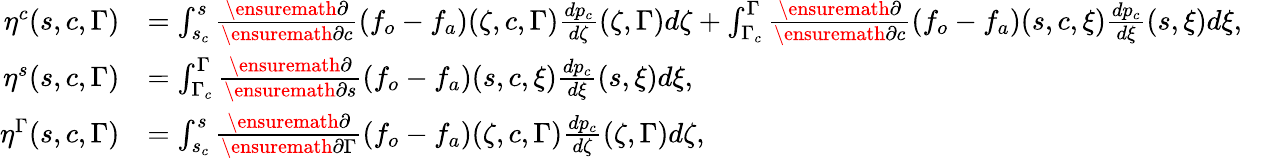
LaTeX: \begin{array}{rlr}{\eta^{c}(s,c,\Gamma)}&{=\int_{s_{c}}^{s}\frac{\ensuremath{\partial}}{\ensuremath{\partial}c}\left(f_{o}-f_{a}\right)(\zeta,c,\Gamma)\frac{dp_{c}}{d\zeta}(\zeta,\Gamma)d\zeta+\int_{\Gamma_{c}}^{\Gamma}\frac{\ensuremath{\partial}}{\ensuremath{\partial}c}\left(f_{o}-f_{a}\right)(s,c,\xi)\frac{dp_{c}}{d\xi}(s,\xi)d\xi,}&\\ {\eta^{s}(s,c,\Gamma)}&{=\int_{\Gamma_{c}}^{\Gamma}\frac{\ensuremath{\partial}}{\ensuremath{\partial}s}\left(f_{o}-f_{a}\right)(s,c,\xi)\frac{dp_{c}}{d\xi}(s,\xi)d\xi,}&\\ {\eta^{\Gamma}(s,c,\Gamma)}&{=\int_{s_{c}}^{s}\frac{\ensuremath{\partial}}{\ensuremath{\partial}\Gamma}\left(f_{o}-f_{a}\right)(\zeta,c,\Gamma)\frac{dp_{c}}{d\zeta}(\zeta,\Gamma)d\zeta,}&\end{array}